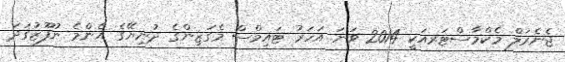
ޖެނެރަލް މެކްމާސްޓަރއަކީ 2014 ވަނަ އަހަރު ޓައިމްސް މެގަޒިންގެ ދުނިޔޭގެ އެންމެ ނުފޫޒުގަދަ